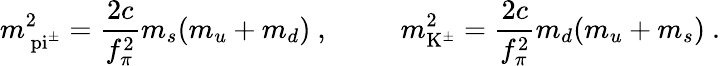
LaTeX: m_{\mathrm{\ pi^{\pm}}}^{2}=\frac{2c}{f_{\pi}^{2}}m_{s}(m_{u}+m_{d})\ ,\ \ \ \ \ \ \ \ \ \ m_{\mathrm{K^{\pm}}}^{2}=\frac{2c}{f_{\pi}^{2}}m_{d}(m_{u}+m_{s})\ .